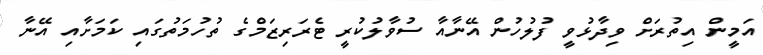
އަމީން އިތުރަށް ވިދާޅުވީ ފުލުހުން އޭނާއާ ސުވާލުކުރީ ޓެރަރިޒަމްގެ ތުހުމަތުގައި ކަމަށާއި އޭނާ